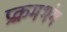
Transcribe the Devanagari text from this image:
प्रक्रमभंग